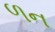
ળન